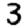
Digit: 3